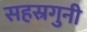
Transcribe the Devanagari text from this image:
सहस्रगुनी